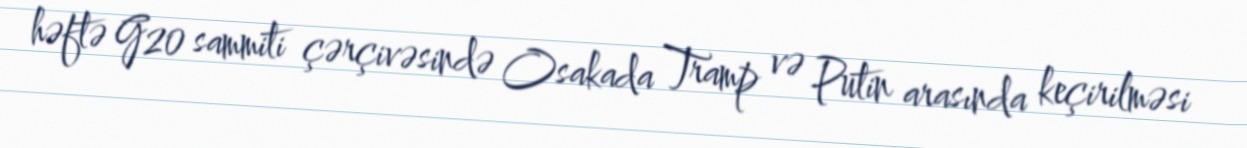
həftə G20 sammiti çərçivəsində Osakada Tramp və Putin arasında keçirilməsi